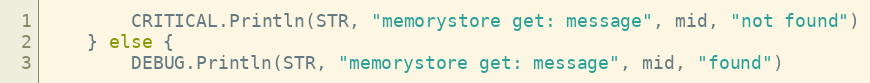
Language: Go
		CRITICAL.Println(STR, "memorystore get: message", mid, "not found")
	} else {
		DEBUG.Println(STR, "memorystore get: message", mid, "found")